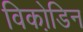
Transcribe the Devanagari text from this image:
विको़डिन